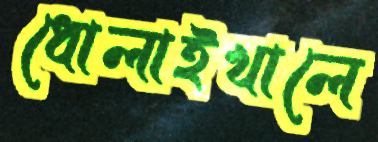
ধোলাইখালে